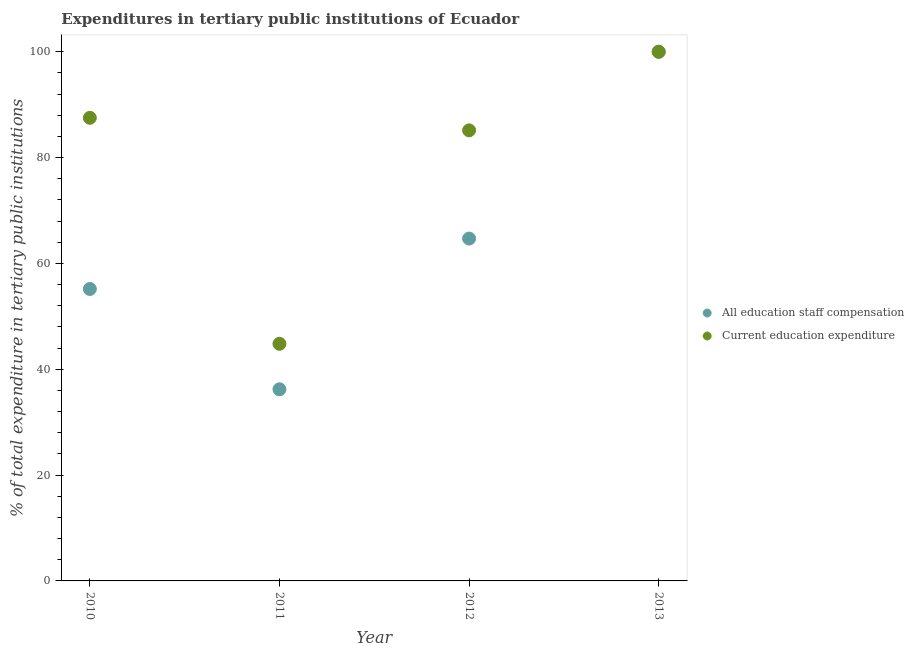
| Year | All education staff compensation | Current education expenditure |
 | --- | --- | --- |
 | 2010 | 55.2 | 87.5 |
 | 2011 | 36.2 | 44.8 |
 | 2012 | 64.7 | 85.1 |
 | 2013 | 100 | 100 |